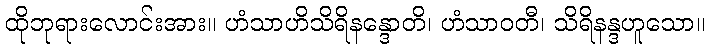
ထိုဘုရားလောင်းအား။ ဟံသာဟိသိရိနန္ဒောတိ၊ ဟံသာဝတီ၊ သိရိနန္ဒဟူသော။